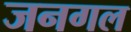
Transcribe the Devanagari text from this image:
जनगल